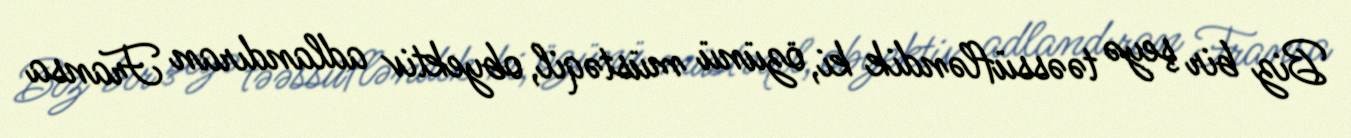
Biz bir şeyə təəssüfləndik ki, özünü müstəqil, obyektiv adlandıran Fransa